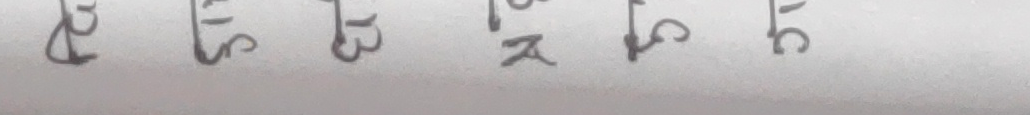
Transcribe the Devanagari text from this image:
ऐ इ उ ऋ ओ अ